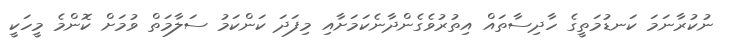
ނުކުރާނަމަ ކަނޑުމަތީގެ ހާދިސާތައް އިތުރުވެގެންދާނެކަމަށާއި މިފަދަ ކަންކަމު ސަލާމަތް ވުމަށް ކޮންމެ މީހަކީ